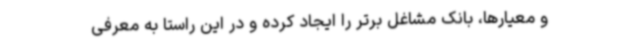
و معیارها، بانک مشاغل برتر را ایجاد کرده و در این راستا به معرفی